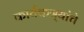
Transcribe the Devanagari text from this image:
कार्यकत्र्यांचे